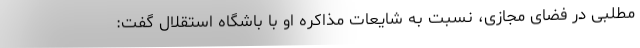
مطلبی در فضای مجازی، نسبت به شایعات مذاکره او با باشگاه استقلال گفت: